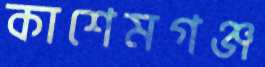
কাশেমগঞ্জ